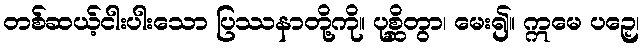
တစ်ဆယ့်ငါးပါးသော ပြဿနာတို့ကို။ ပုစ္ဆိတွာ၊ မေး၍။ ဣမေ ပဉှေ၊